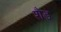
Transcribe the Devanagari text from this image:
शैड